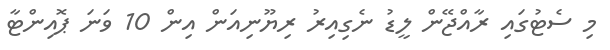
މި ސެޓުގައި ރާއްޖޭން ލީޑު ނެގިއިރު ރިޔޫނިއަން އިން 10 ވަނަ ޕޮއިންޓާ